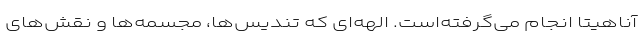
آناهیتا انجام می‌گرفته‌است. الهه‌ای که تندیس‌ها، مجسمه‌ها و نقش‌های